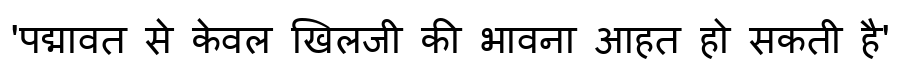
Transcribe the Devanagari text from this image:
'पद्मावत से केवल खिलजी की भावना आहत हो सकती है'